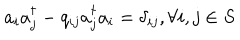
LaTeX: a _ { i } a _ { j } ^ { \dagger } - q _ { i j } a _ { j } ^ { \dagger } a _ { i } = \delta _ { i j } , \forall i , j \in S